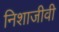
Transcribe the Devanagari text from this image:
निशाजीवी